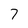
Character: 7